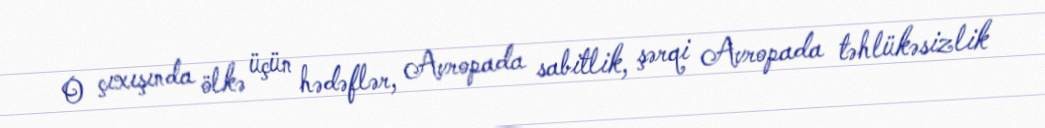
O çıxışında ölkə üçün hədəflər, Avropada sabitlik, şərqi Avropada təhlükəsizlik